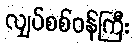
လျှပ်စစ်ဝန်ကြီး